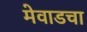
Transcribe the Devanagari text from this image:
मेवाडचा